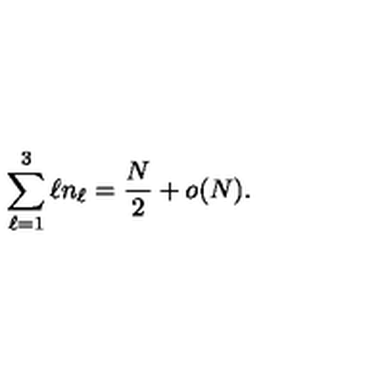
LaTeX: \sum _ { \ell = 1 } ^ { 3 } \ell n _ { \ell } = \frac { N } { 2 } + o ( N ) .